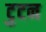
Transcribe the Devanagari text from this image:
टुटन